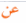
عن